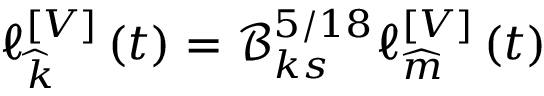
\ell { } _ { \widehat { k } } ^ { \left[ V \right] } \left( t \right) = \mathcal { B } _ { k s } ^ { 5 / 1 8 } \ell { } _ { \widehat { m } } ^ { \left[ V \right] } \left( t \right)